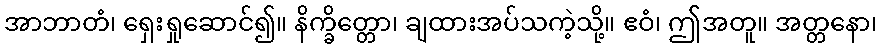
အာဘာတံ၊ ရှေးရှုဆောင်၍။ နိက္ခိတ္တော၊ ချထားအပ်သကဲ့သို့။ ဧဝံ၊ ဤအတူ။ အတ္တနော၊